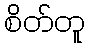
စိတ်တူ